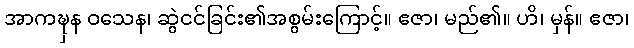
အာကဍ္ဎှန ဝသေန၊ ဆွဲငင်ခြင်း၏အစွမ်းကြောင့်။ ဧဇာ၊ မည်၏။ ဟိ၊ မှန်။ ဧဇာ၊